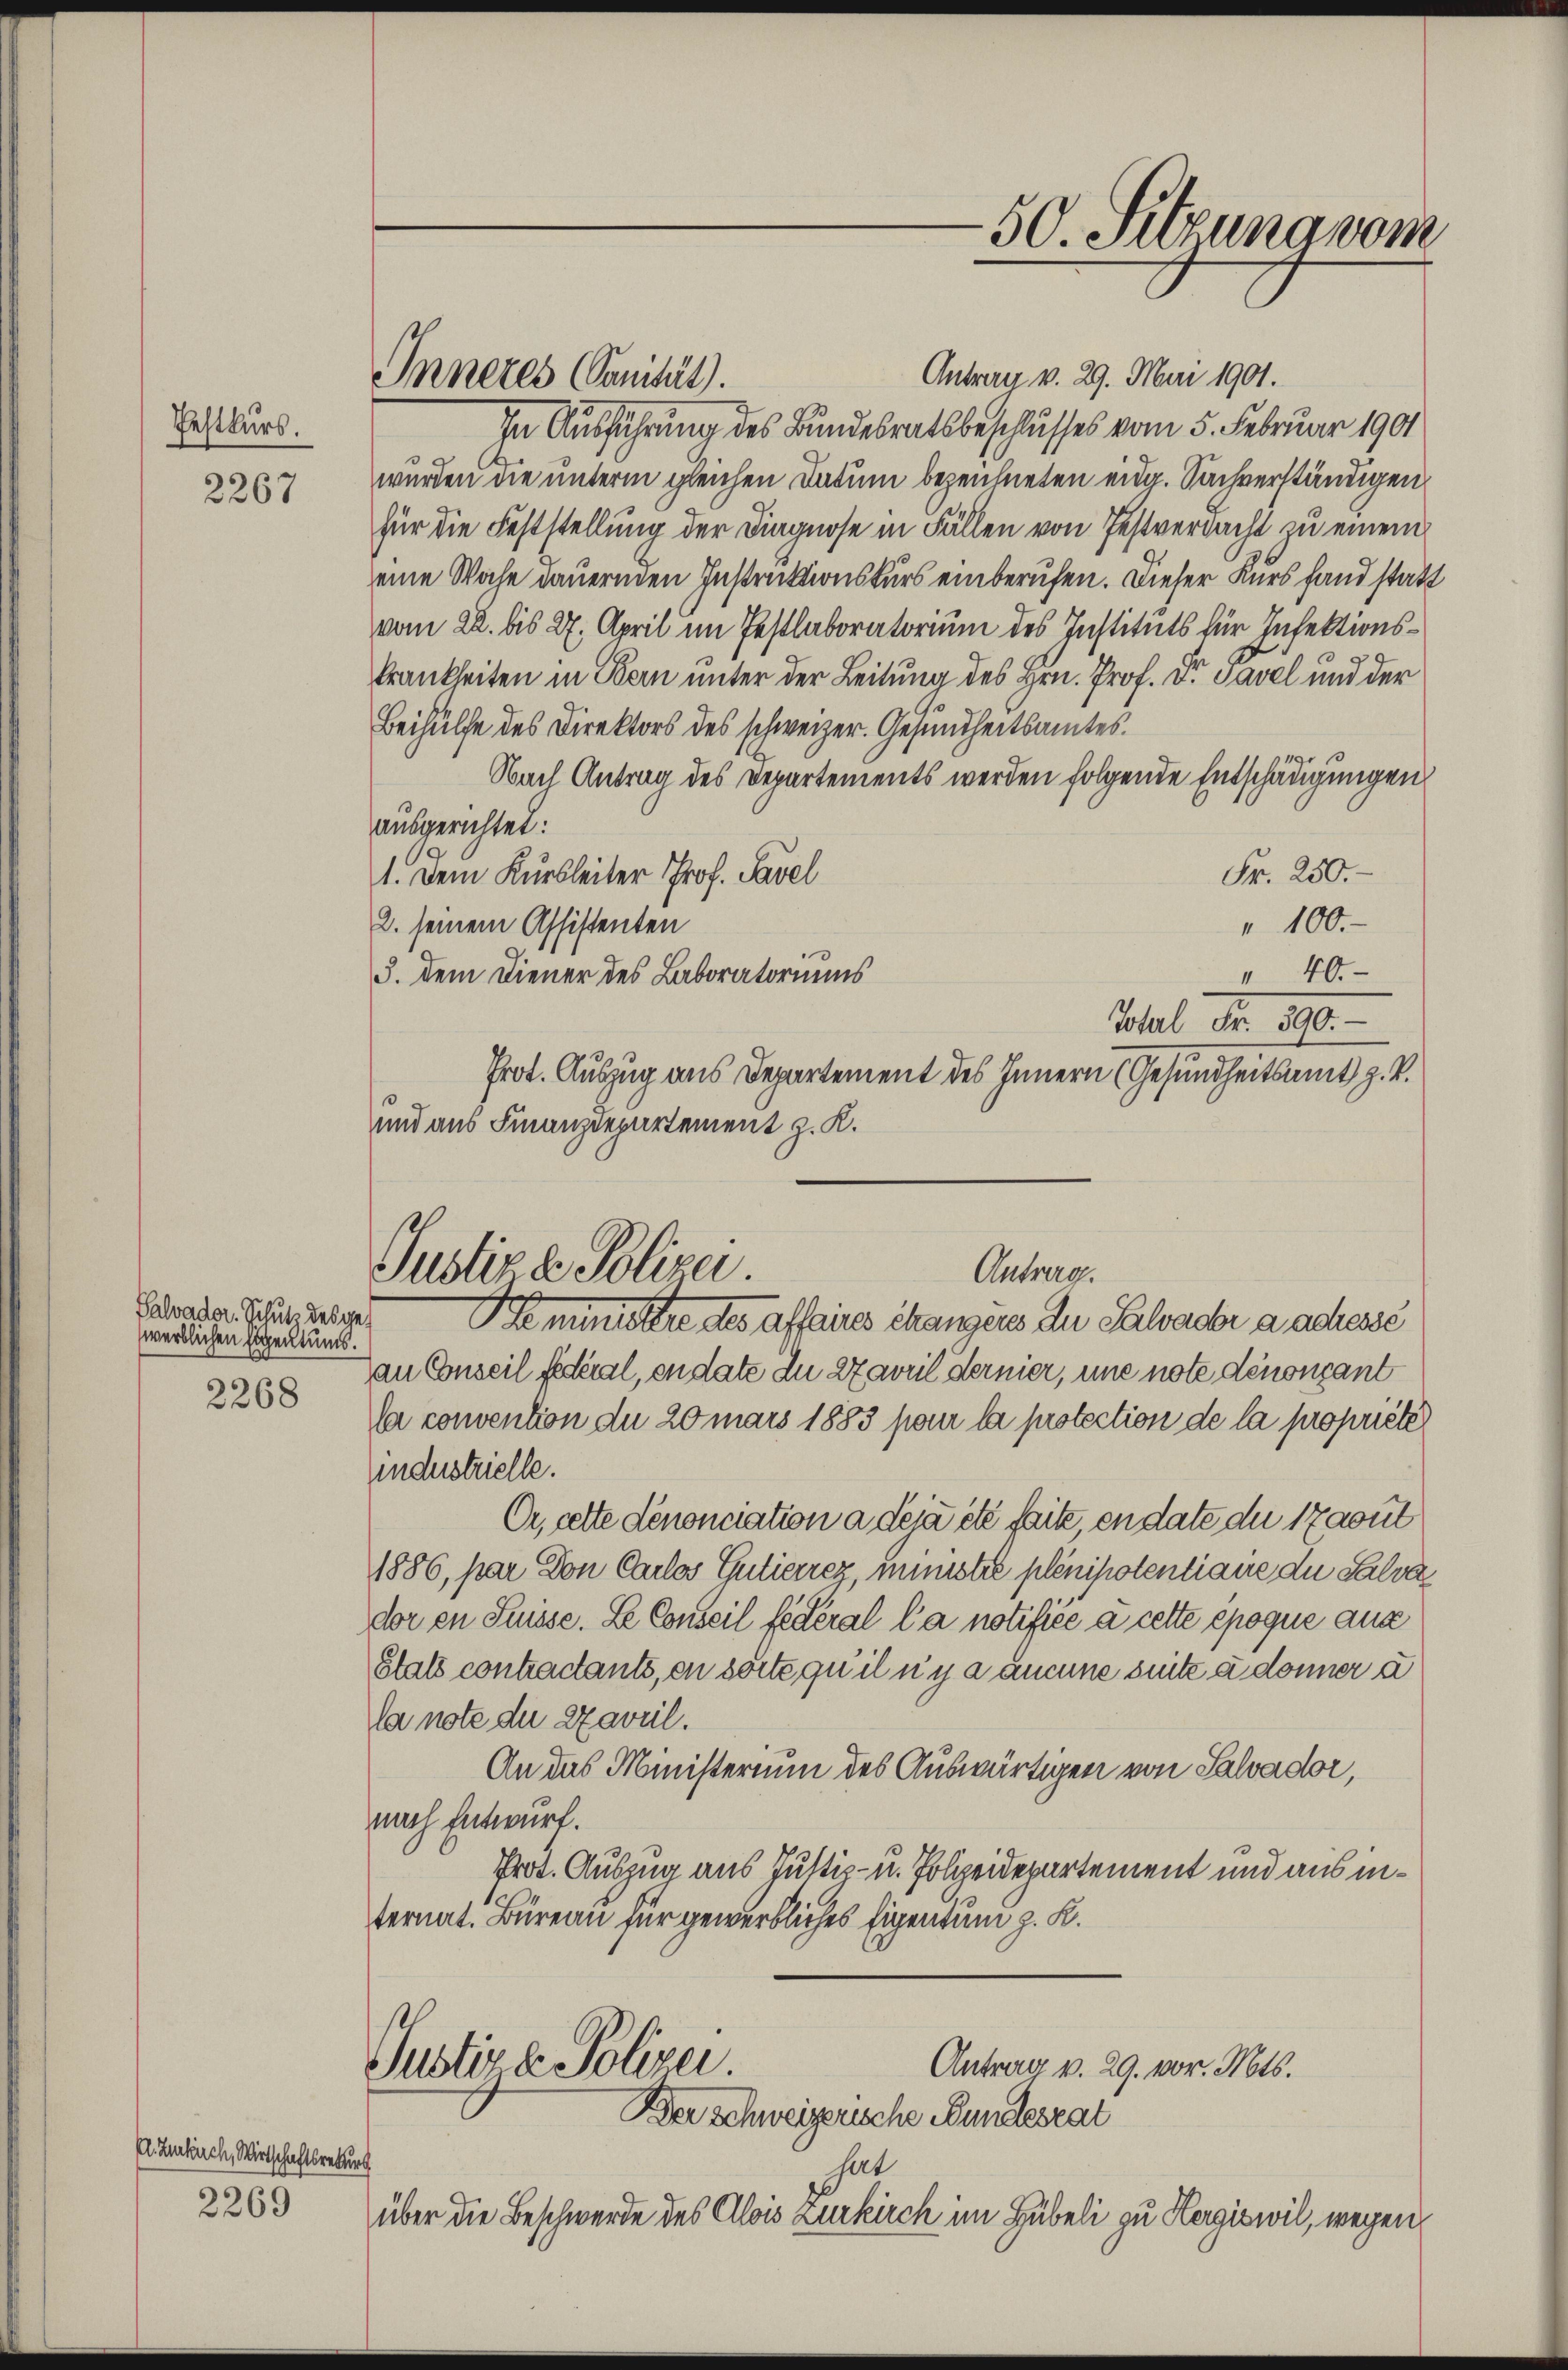
Pestkurs.

2267

Palvader. Schutz des gewerblichen Eigentums.
2268

E. Zentrach, Wirtschaftsrekurs
2269

Inneres Sanität).

In Ausführung des Bundesratsbeschlusses vom 5. Februar 1901
wurden die unterm gleichen Datum bezeichneten eidg. Sachverständigen
für die Feststellung der Diagnose in Fällen von Festverdacht zu einem
eine Woche dauernden Instruktionskurs einberufen. Dieser Kurs fand statt
vom 22. bis 27. April im Festlaboratorium des Instituts für Infektionskrankheiten in Bern unter der Leitung des Hrn. Prof. Dr. Tavel und der
Beihülfe des Direktors des schweizer. Gesundheitsamtes.
Nach Antrag des Departements werden folgende Entschädigungen
ausgerichtet:
Fr. 250.
1. Dem Kurbleiter Prof. Savel
2. seinem Assistenten
" 100.
" 40
3. Dem Diener des Laboratoriums
Prot. Auszug aus Departement des Innern (Gesundheitsamt z. B.
und aus Finanzdepartement z. K.
Justiz & Polizei
Antrag.
ministere des affaires chanzens In Salvache a adresse
au Conseil fédéral, en date in 27 weil dernier, une note dénoncant
sa convention du 20 mars 1883 pour la protection de la propriété
industrielle.
Or, cette denonciation a déjà été faite, en date du 17aout
1886, par Don Carlos Gutierrez, innistre plenihotentiane die Salver
dor en Suisse. Le Conseil fédéral la notifiée à cette époque aus
Stats contractants, on sorte qu’il n’y a aucune suitz u donner u
la note du ezaveil.
An das Ministerium des Auswärtigen von Salvador,
nach Entwurf.
Prot. Auszug aus Justiz- u. Polizeidepartement und aus internat. Büreau für gewerbliches Eigentum z. K.

50. Sitzung vom

Antrag v. 29. Mai 1901.

Sel Fr. 100.

Justiz & Polizei.
Antrag v. 29. vor. Mts.
Der schweizerische Bundesrat

hat
über die Beschwerde des Alois Zurkirch im Hübeli zu Hergiswil, wegen